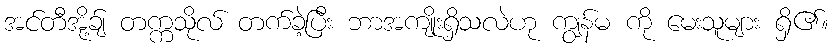
အင်တီအို့ခ်ျ တက္ကသိုလ် တက်ခဲ့ပြီး ဘာအကျိုးရှိသလဲဟု ကျွန်မ ကို မေးသူများ ရှိ၏။